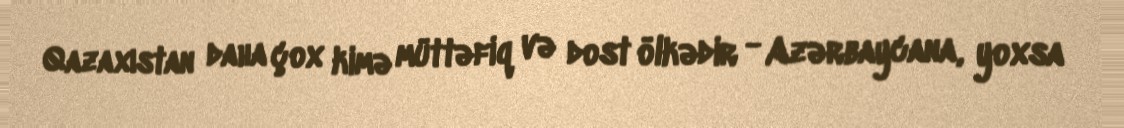
Qazaxıstan daha çox kimə müttəfiq və dost ölkədir - Azərbaycana, yoxsa